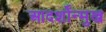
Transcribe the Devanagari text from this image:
आदर्शोंन्मुख